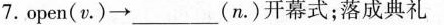
open（v\cdot ）___（n\cdot ）开幕式；落成典礼